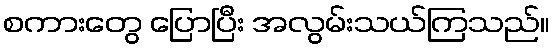
စကားတွေ ပြောပြီး အလွမ်းသယ်ကြသည်။